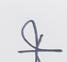
Signature authenticity: forged